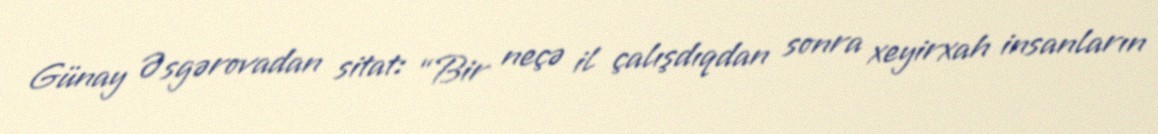
Günay Əsgərovadan sitat: “Bir neçə il çalışdıqdan sonra xeyirxah insanların